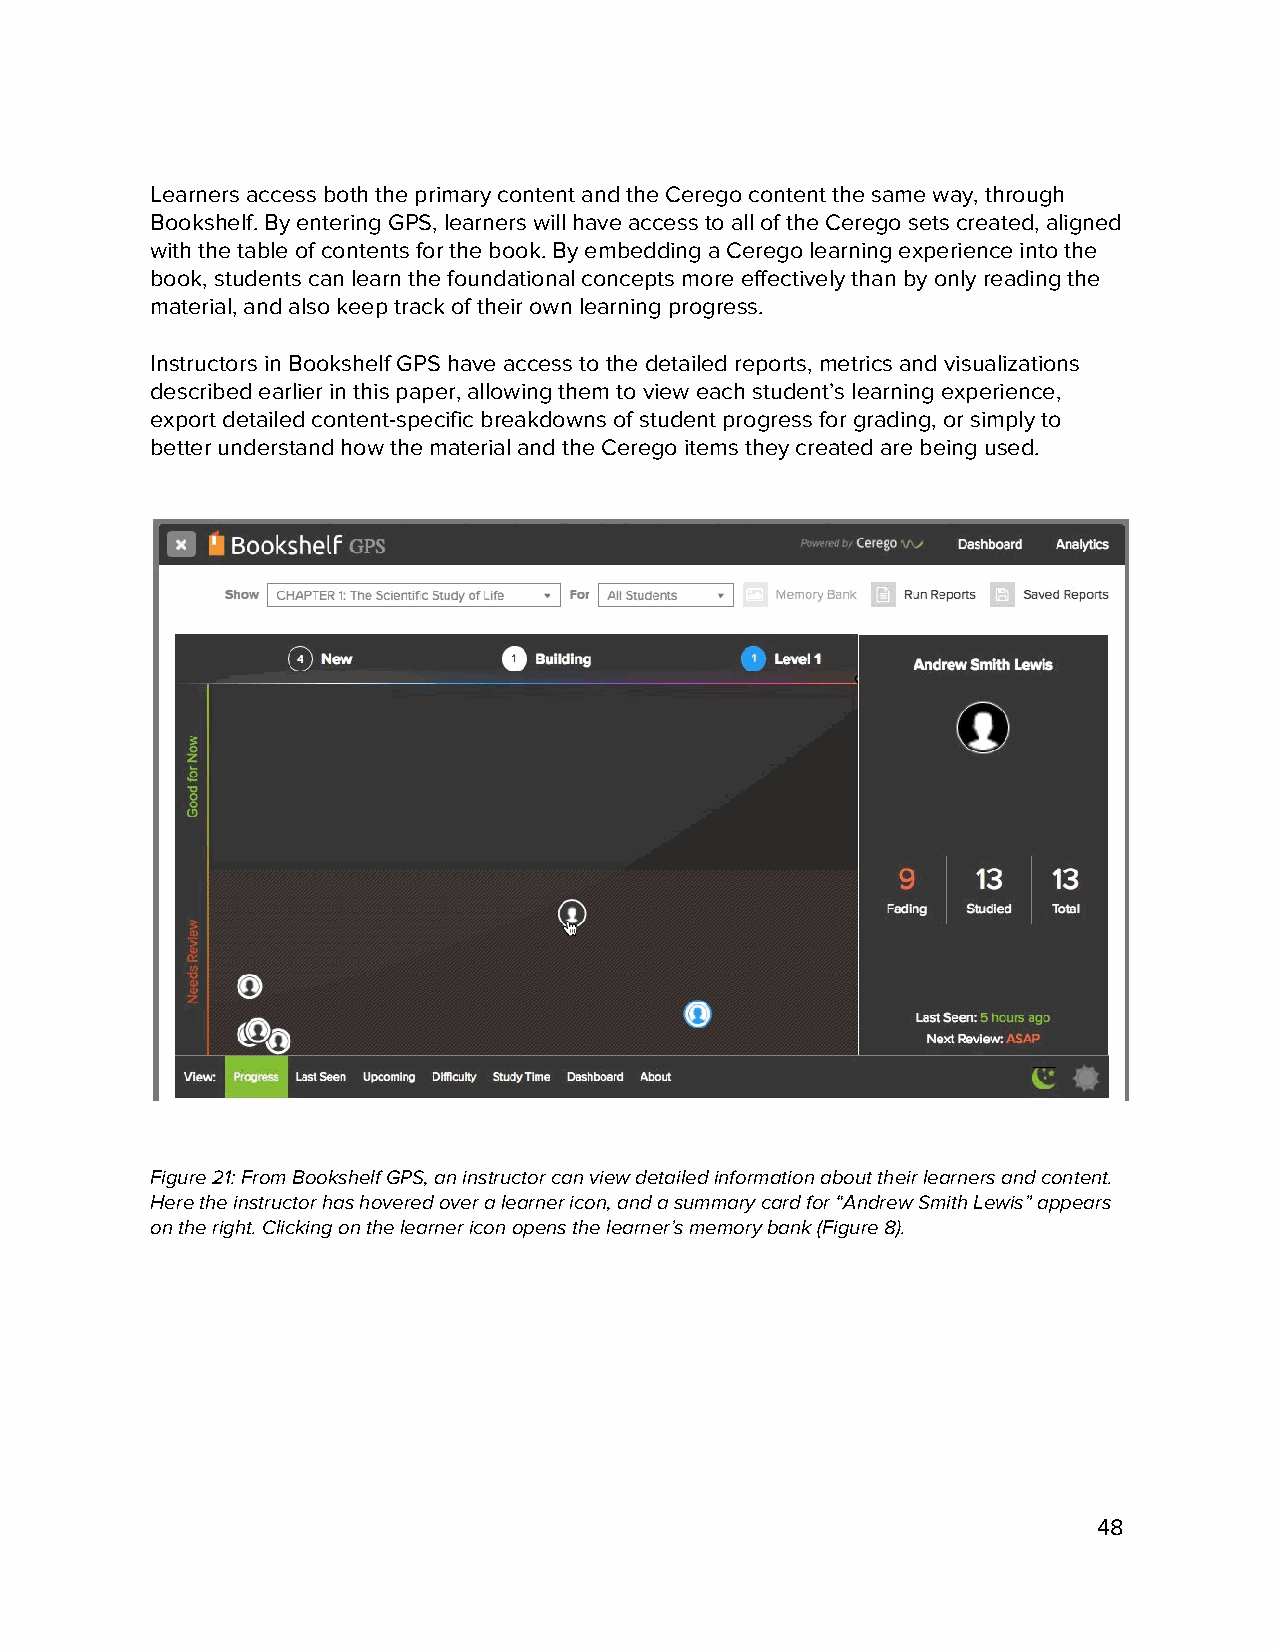
Learners access both the primary content and the Cerego content the same way, through
 Bookshelf. By entering GPS, learners will have access to all of the Cerego sets created, aligned
 with the table of contents for the book. By embedding a Cerego learning experience into the
 book, students can learn the foundational concepts more effectively than by only reading the
 material, and also keep track of their own learning progress.
 Instructors in Bookshelf GPS have access to the detailed reports, metrics and visualizations
 described earlier in this paper, allowing them to view each student’s learning experience,
 export detailed content-specific breakdowns of student progress for grading, or simply to
 better understand how the material and the Cerego items they created are being used.
 Figure 21: From Bookshelf GPS, an instructor can view detailed information about their learners and content.
 Here the instructor has hovered over a learner icon, and a summary card for “Andrew Smith Lewis” appears
 on the right. Clicking on the learner icon opens the learner’s memory bank (Figure 8).
 48